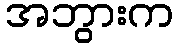
အဘွားက